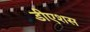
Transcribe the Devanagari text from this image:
डीएशस